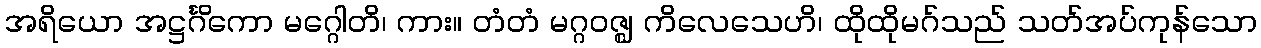
အရိယော အဋ္ဌင်္ဂိကော မဂ္ဂေါတိ၊ ကား။ တံတံ မဂ္ဂဝဇ္ဈ ကိလေသေဟိ၊ ထိုထိုမဂ်သည် သတ်အပ်ကုန်သော